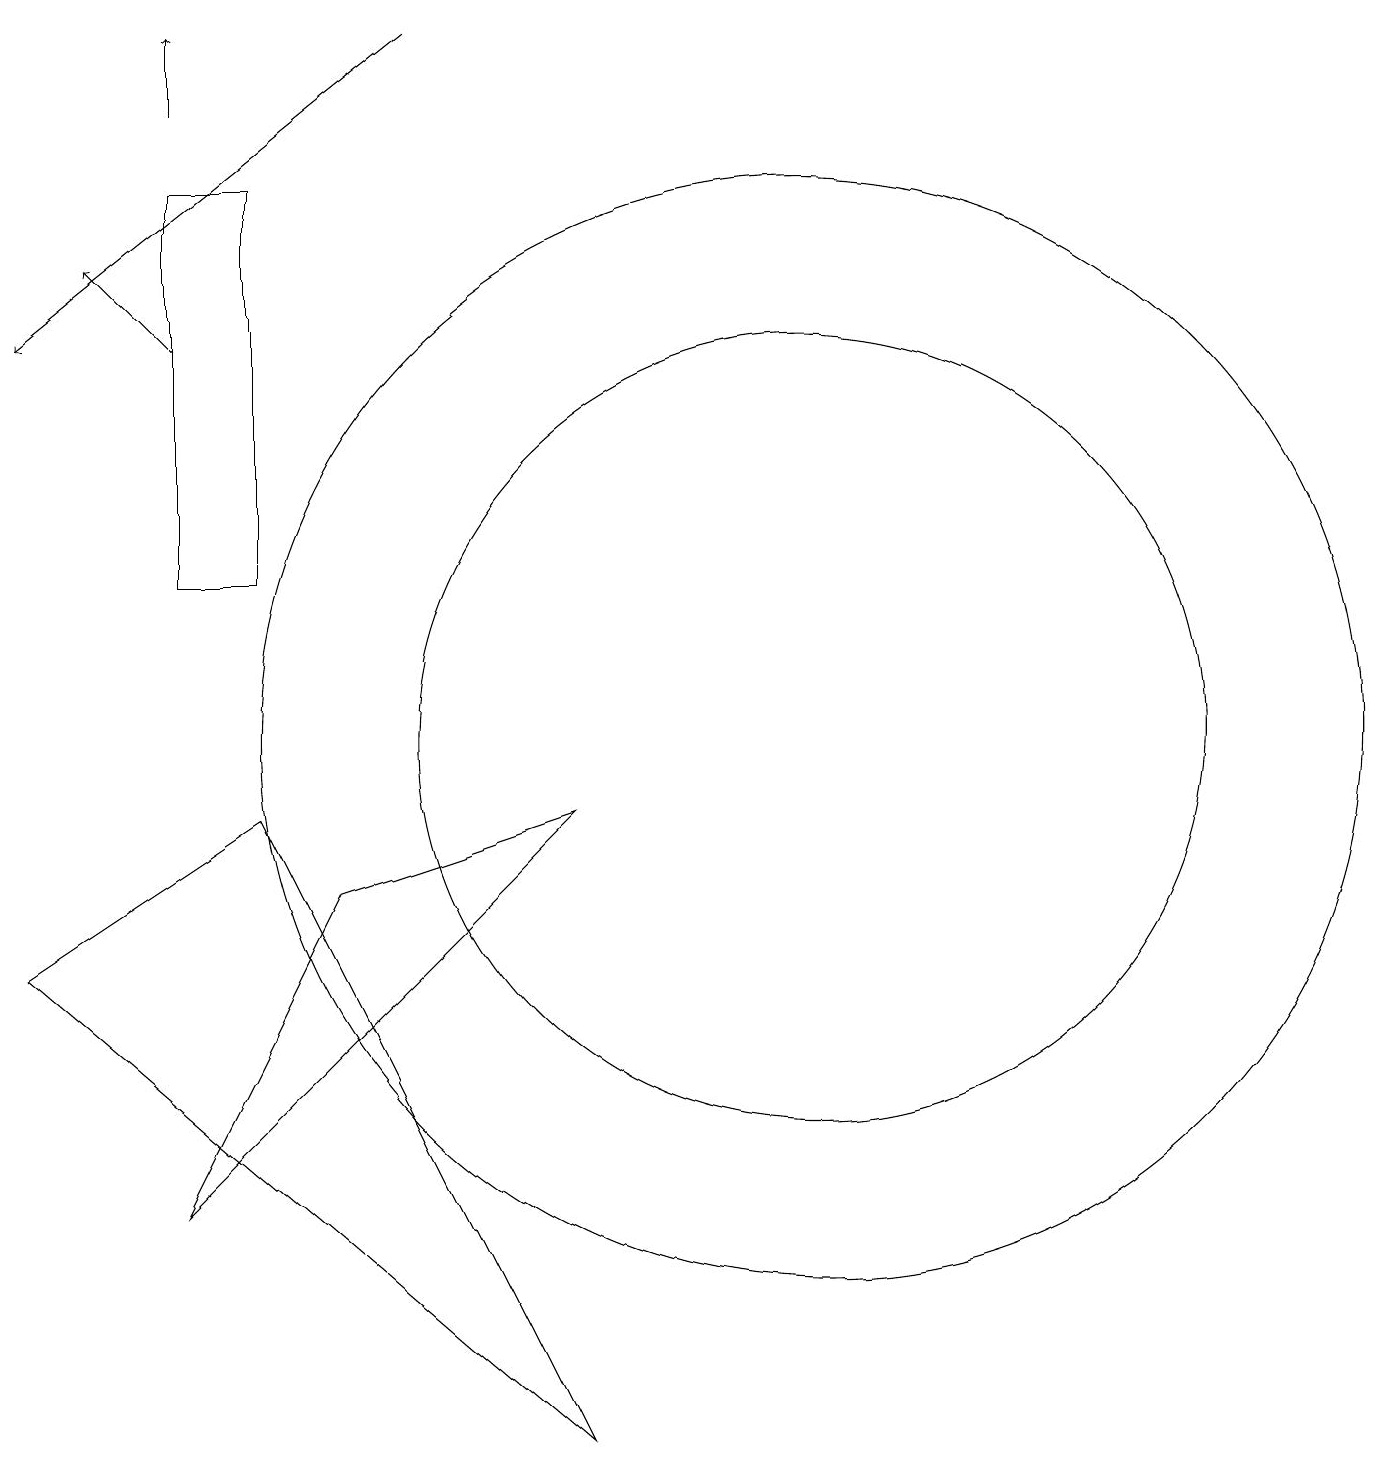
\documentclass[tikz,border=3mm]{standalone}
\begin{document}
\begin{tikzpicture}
\draw (12,10) circle (7);
\draw (5,17) rectangle (4,12);
\draw (9,9) -- (4,4) -- (6,8) -- cycle;
\draw[->] (4,18) -- (4,19);
\draw (12,10) circle (5);
\draw[->] (7,19) -- (2,15);
\draw (9,1) -- (2,7) -- (5,9) -- cycle;
\draw[->] (4,15) -- (3,16);
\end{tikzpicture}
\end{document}